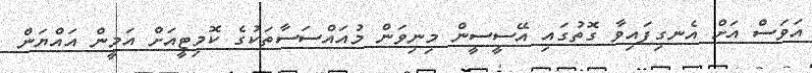
އަވަސް އަށް އެނގިފައިވާ ގޮތުގައި އޭސީސީން މިނިވަން މުއައްސަސާތަކުގެ ކޮމިޓީއަށް އަމީން އައްޔަން